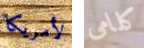
لأمريكا كلامى